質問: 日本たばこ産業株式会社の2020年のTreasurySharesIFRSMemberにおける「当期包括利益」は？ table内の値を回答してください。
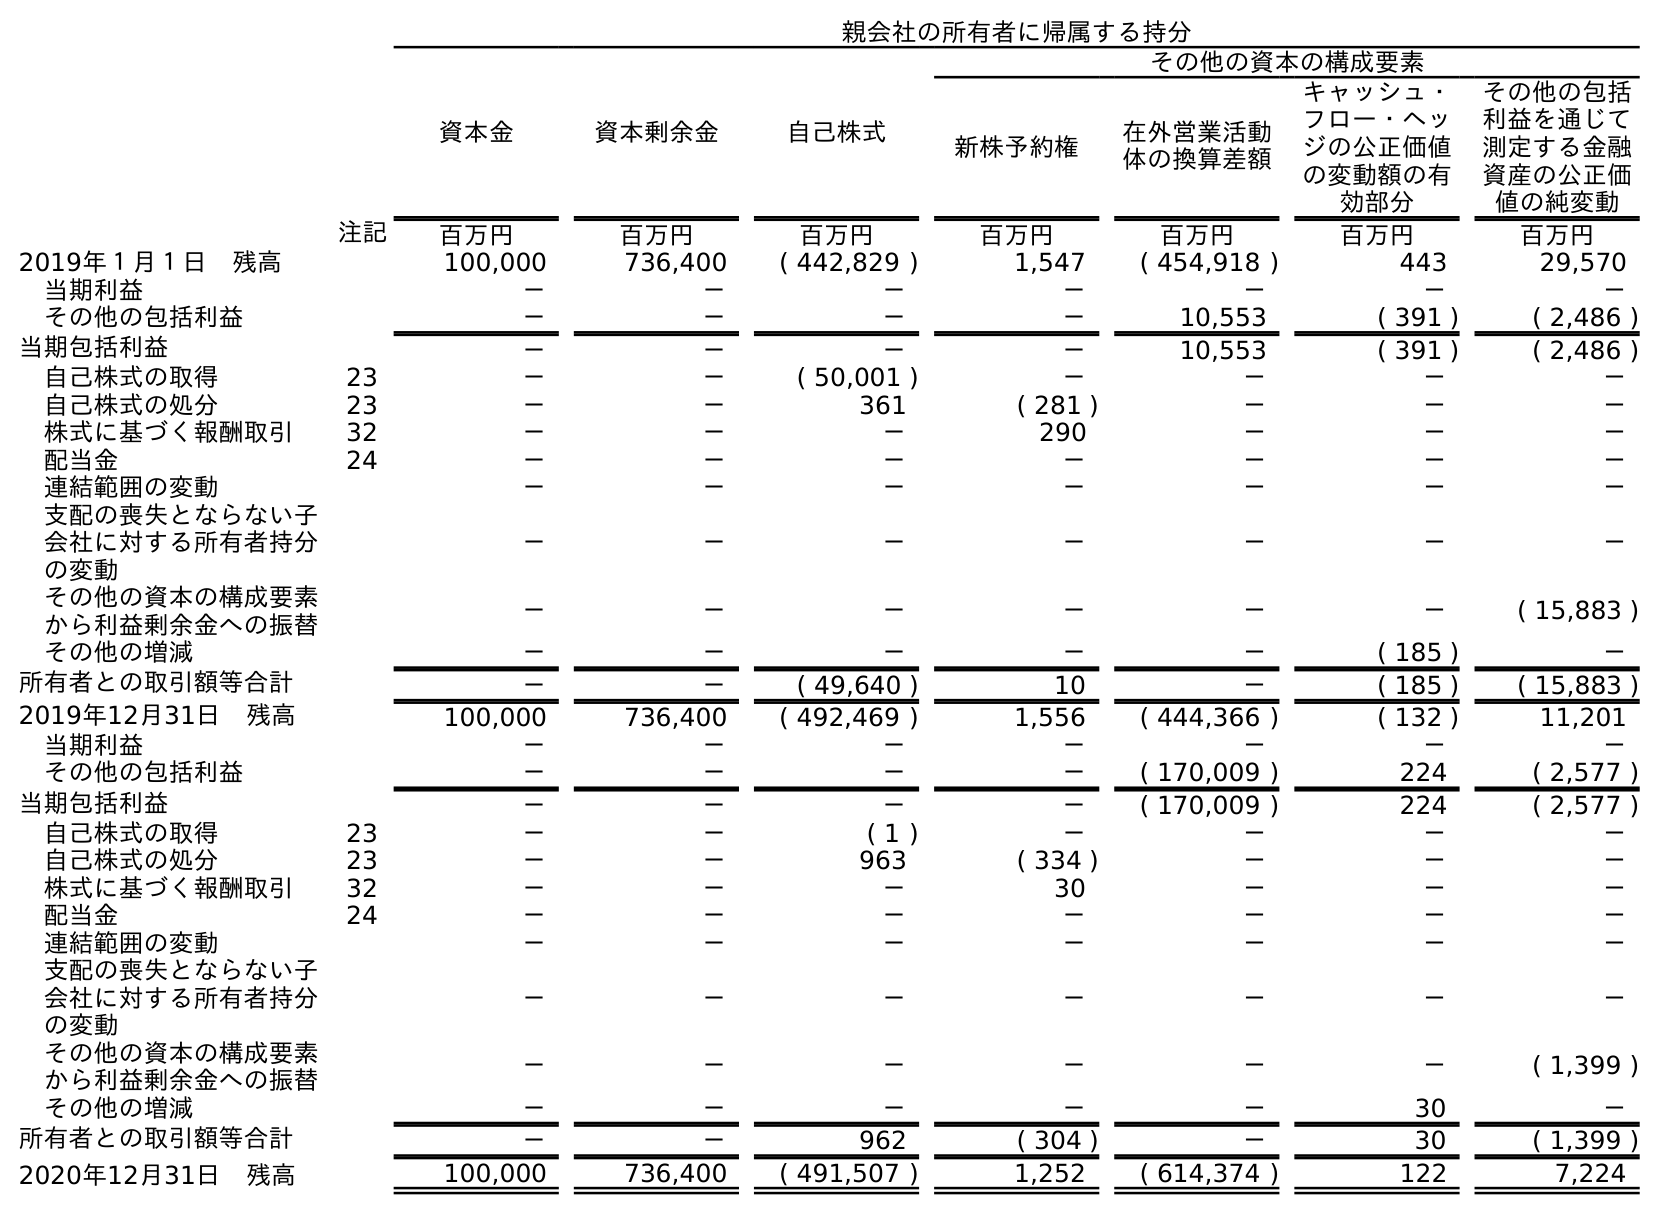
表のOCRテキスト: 親会社の所有者に帰属する持分 資本金 資本剰余金 自己株式 その他の資本の構成要素 新株予約権 在外営業活動 体の換算差額 キャッシュ・ フロー・ヘッ ジの公正価値 の変動額の有 効部分 その他の包括 利益を通じて 測定する金融 資産の公正価 値の純変動 注記 百万円 百万円 百万円 百万円 百万円 百万円 百万円 2019年１月１日 残高 100,000 736,400 ( 442,829 ) 1,547 ( 454,918 ) 443 29,570 当期利益 － － － － － － － その他の包括利益 － － － － 10,553 ( 391 ) ( 2,486 ) 当期包括利益 － － － － 10,553 ( 391 ) ( 2,486 ) 自己株式の取得 23 － － ( 50,001 ) － － － － 自己株式の処分 23 － － 361 ( 281 ) － － － 株式に基づく報酬取引 32 － － － 290 － － － 配当金 24 － － － － － － － 連結範囲の変動 － － － － － － － 支配の喪失とならない子 会社に対する所有者持分 の変動 － － － － － － － その他の資本の構成要素 から利益剰余金への振替 － － － － － － ( 15,883 ) その他の増減 － － － － － ( 185 ) － 所有者との取引額等合計 － － ( 49,640 ) 10 － ( 185 ) ( 15,883 ) 2019年12月31日 残高 100,000 736,400 ( 492,469 ) 1,556 ( 444,366 ) ( 132 ) 11,201 当期利益 － － － － － － － その他の包括利益 － － － － ( 170,009 ) 224 ( 2,577 ) 当期包括利益 － － － － ( 170,009 ) 224 ( 2,577 ) 自己株式の取得 23 － － ( 1 ) － － － － 自己株式の処分 23 － － 963 ( 334 ) － － － 株式に基づく報酬取引 32 － － － 30 － － － 配当金 24 － － － － － － － 連結範囲の変動 － － － － － － － 支配の喪失とならない子 会社に対する所有者持分 の変動 － － － － － － － その他の資本の構成要素 から利益剰余金への振替 － － － － － － ( 1,399 ) その他の増減 － － － － － 30 － 所有者との取引額等合計 － － 962 ( 304 ) － 30 ( 1,399 ) 2020年12月31日 残高 100,000 736,400 ( 491,507 ) 1,252 ( 614,374 ) 122 7,224
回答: －